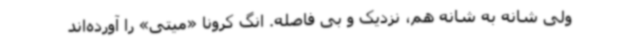
ولی شانه به شانه هم، نزدیک و بی فاصله. انگ کرونا «میتی» را آورده‌اند